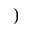
)